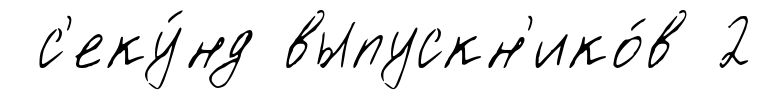
с'еку́нд выпускн'ико́в 2